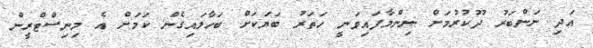
އަދި ނަންބަރު ދޫކުރުމަށް ނިންމާފައިވަނީ ހަތަރު ބަޔަކަށް ބަހާލައިގެން ކަމަށް އެ މިނިސްޓްރީން